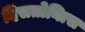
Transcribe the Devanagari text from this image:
दिसतोनिास